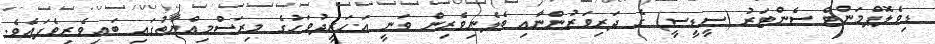
ޑިވެލޮޕްމަންޓް ސެންޓަރު (ސީޑީސީ) ގެ ދަރިވަރުންނާއި ބެލެނިވެރިން ވަނީ އަހަރީދުވަހުގެ މިރަސްމިއްޔާތުގައި ބައިވެރިވެފައެވެ.